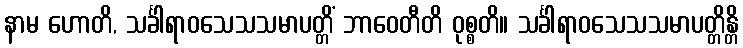
နာမ ဟောတိ, သင်္ခါရာဝသေသသမာပတ္တိံ ဘာဝေတီတိ ဝုစ္စတိ။ သင်္ခါရာဝသေသသမာပတ္တိန္တိ